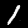
Label: 1